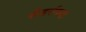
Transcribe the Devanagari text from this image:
सेंडर्सच्या